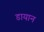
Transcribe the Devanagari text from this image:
डायान